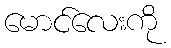
မောင်လေးကို